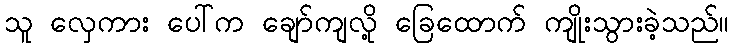
သူ လှေကား ပေါ်က ချော်ကျလို့ ခြေထောက် ကျိုးသွားခဲ့သည်။